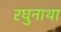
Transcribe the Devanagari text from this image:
रघुनाथा